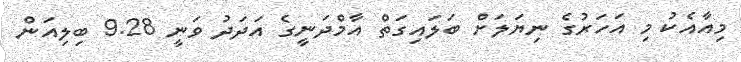
މިއާއެކު މި އަހަރުގެ ނިޔަލަށް ބަލައިގަތް އާމްދަނީގެ އަދަދު ވަނީ 9.28 ބިލިއަން